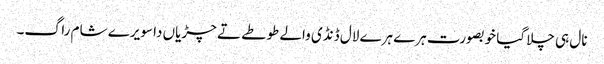
نال ہی چلا گیا خوبصورت ہرے ہرے لال ڈنڈی والے طوطے تے چڑیاں دا سویرے شام راگ۔